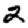
Digit: 2